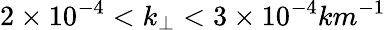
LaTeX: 2\times 10^{-4}<k_{\perp}<3\times 10^{-4}km^{-1}